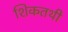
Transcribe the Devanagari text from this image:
शिकतथी